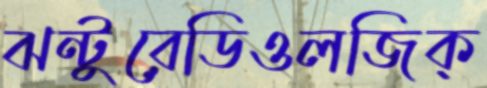
ঝন্টুরেডিওলজিক্